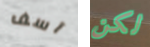
آسف لكن